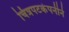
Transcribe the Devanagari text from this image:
चित्रपटकंपनीने